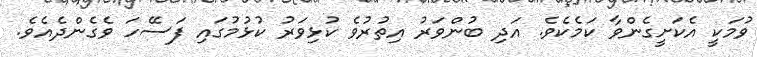
ވުމަކީ އެކަށީގެންވާ ކަމެކެވެ. އަދި ބުންވަރު އިތުރުވެ ކުޅިވަރު ކުޅުމުގައި ފަސޭހަ ވެގެންދެއެވެ.